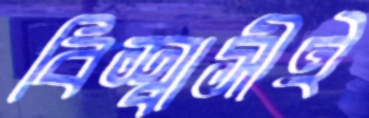
বিশ্বাসীই